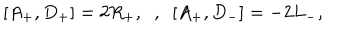
LaTeX: [ A _ { + } , D _ { + } ] = 2 R _ { + } , \; \; , \; \ [ A _ { + } , D _ { - } ] = - 2 L _ { - } ,